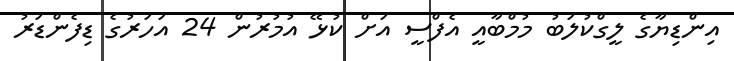
އިންޑިޔާގެ ލީގްކުލަބު މުމްބާއީ އެފްސީ އަށް ކުޅޭ އުމުރުން 24 އަހަރުގެ ޑިފެންޑަރު